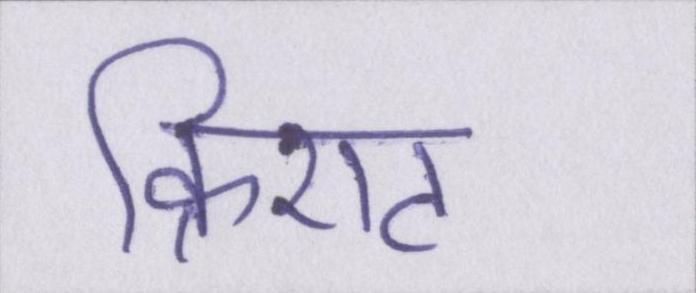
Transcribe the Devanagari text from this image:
क्रिएट